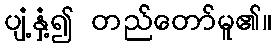
ပျံ့နှံ့၍ တည်တော်မူ၏။